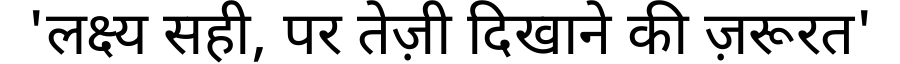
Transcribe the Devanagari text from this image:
'लक्ष्य सही, पर तेज़ी दिखाने की ज़रूरत'